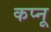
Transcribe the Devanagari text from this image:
कप्नू